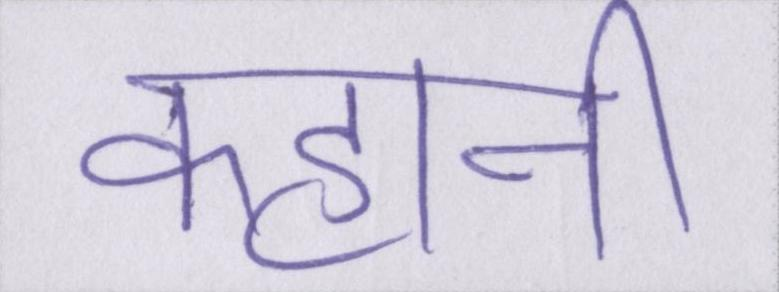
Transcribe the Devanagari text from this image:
कहानी